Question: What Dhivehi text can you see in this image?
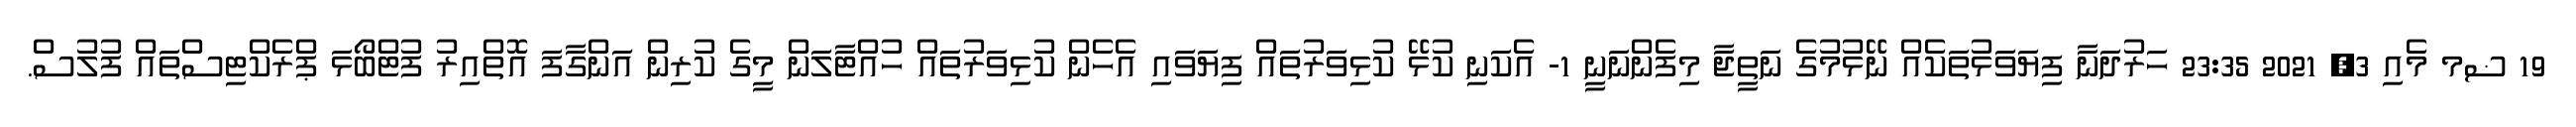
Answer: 19 ޟމ މެއި 3, 2021 23:35 ހަރުދަނާ ފިޔަވަޅުތަކެއް ނޭޅުމުގެ ނަތީޖާ މިފެންނަނީ 1- އެކަނި ކުޅޭ ކުޅިވަރުތައް ފިޔަވައި އެހެން ކުޅިވަރުތައް ހުއްޓާލަން މީގެ ކުރިން އަންގާފަ އޮތްއިރު ފުޓްބޯޅަ ޕްރެކްޓިސްތައް ފުލުސް.